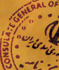
CONSULA L CENTRAL OF